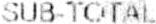
SUB-TOTAL